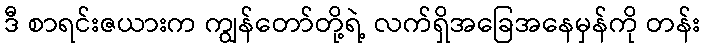
ဒီ စာရင်းဇယားက ကျွန်တော်တို့ရဲ့ လက်ရှိအခြေအနေမှန်ကို တန်း